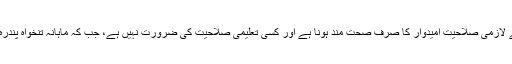
اس عہدہ کے لئے لازمی صلاحیت امیدوار کا صرف صحت مند ہونا ہے اور کسی تعلیمی صلاحیت کی ضرورت نہیں ہے، جب کہ ماہانہ تنخواہ پندرہ ہزار روپے ہے۔